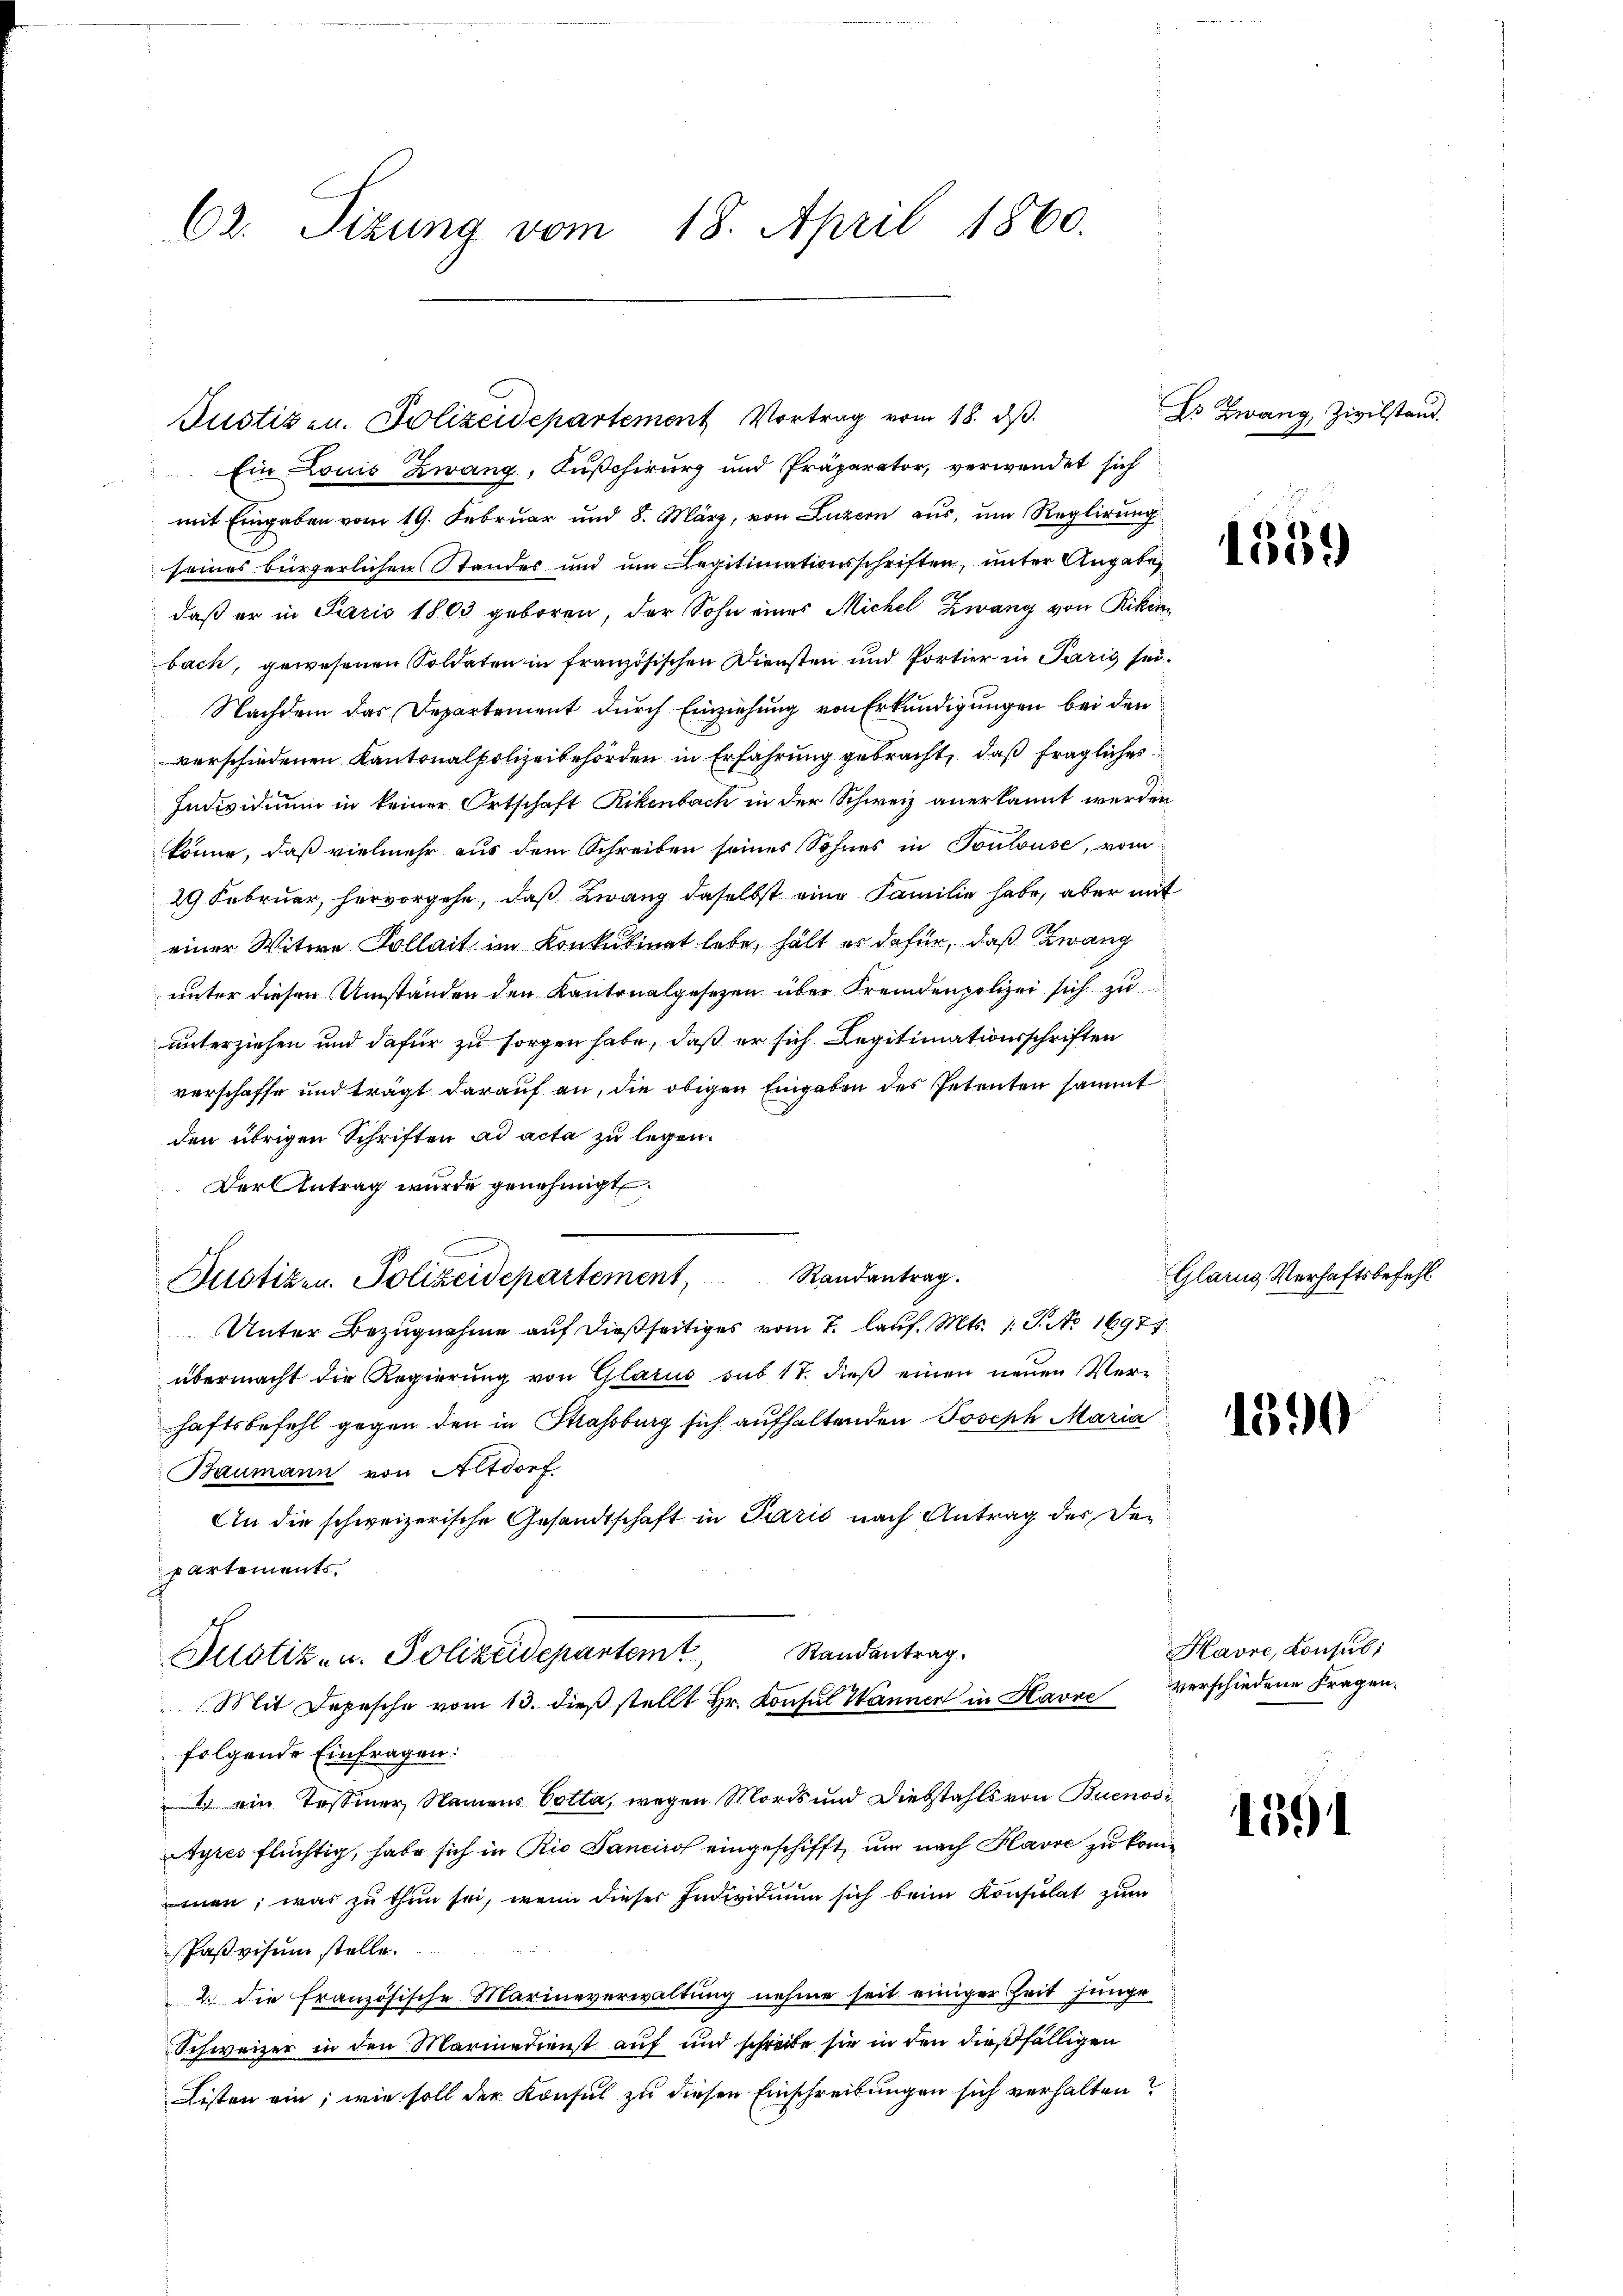
62. Sizung vom 18. April 1860.

Ein Louis Zwang, Kußchirurg und Präparator, verwendet sich
mit Eingaben vom 19. Februar und 8. März, von Luzern aus, um Reglirung
seines bürgerlichen Standes und um Legitimationsschriften, unter Angabe,
daß er in Paris 1803 geboren, der Sohn eines Michel Zwang von Riken
bach, gewesenen Soldaten in französischen Diensten und Portier in Paris sei¬
Nachdem das Departement durch Einziehung von Erkundigungen bei den
verschiedenen Kantonalpolizeibehörden in Erfahrung gebracht, daß fragliches
Individuum in keiner Ortschaft Rikenbach in der Schweiz anerkannt werden
könne, daß vielmehr aus dem Schreiben seines Sohnes in Toulouse, vom
29 Februar, hervorgehe, daß Zwang daselbst eine Familie habe, aber mit
einer Witwe Kollait im Konkubinat lebe, hält es dafür, daß Zwang
unter diesen Umständen den Kantonalgesetzen über Fremdenpolizei sich zu
unterziehen und dafür zu sorgen habe, daß er sich Legitimationsschriften
verschaffe und trägt darauf an, die obigen Eingaben des Petenten sammt
den übrigen Schriften ad acta zu legen.
Der Antrag wurde genehmigt.
Randantrag.
Justizen Polizeidepartement,
Unter Bezugnahme auf dießseitiges vom 7. lauf. Mts. 1. J. No 16977
übermacht die Regierung von Glarus sub 17. dieβ einen neuen Ver-
haftsbefehl gegen den in Strassburg sich aufhaltenden Joseph Maria
Baumann von Altdorf,
An die schweizerische Gesandtschaft in Paris nach Antrag der Departements,
Randantrag.
Justiz- u. Polizeidepartemt
Mit Depesche vom 13. dieβ stellt Hr. Konsul Wanner in Havre verschiedene Fragenfolgende Einfragen:
1 ein Tessiner Namens Cotta, wegen Mords und Diebstahls von Buenos¬
Ayres flüchtig, habe sich in Rio Sanciro eingeschifft, und nach Havre zu kommen; was zu thun sei, wenn dieser Individuum sich beim Konsulat zum
Pasvisum stelle.
2.) die französische Marineverwaltung nehme seit einiger Zeit junge
Schweizer in den Marinedienst auf und schreibe sie in den dießfälligen
Listen ein; wie soll der Konsul zu diesen Einschreibungen sich verhalten?

Justizen. Polizeidepartement Vortrag vom 18. ds.

Es Zwang, Zivilstand.

Glarus Verhaftsbefehl

Havre, Konsul

1559

1590

1391